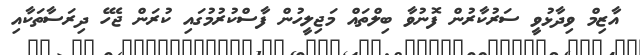
އާޒިމް ވިދާޅުވީ ސަރުކާރުން ފޮނުވާ ބިލްތައް މަޖިލީހުން ފާސްކުރުމުގައި ކުރަން ޖެހޭ ދިރަސާތަކާއި